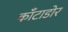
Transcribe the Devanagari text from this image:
काँटाडोर